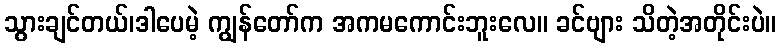
သွားချင်တယ်၊ဒါပေမဲ့ ကျွန်တော်က အကမကောင်းဘူးလေ။ ခင်ဗျား သိတဲ့အတိုင်းပဲ။